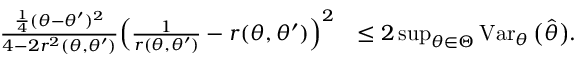
\begin{array} { r l } { \frac { \frac 1 4 ( \theta - \theta ^ { \prime } ) ^ { 2 } } { 4 - 2 r ^ { 2 } ( \theta , \theta ^ { \prime } ) } \Big ( \frac { 1 } { r ( \theta , \theta ^ { \prime } ) } - r ( \theta , \theta ^ { \prime } ) \Big ) ^ { 2 } } & { \leq 2 \operatorname* { s u p } _ { \theta \in \Theta } \operatorname { V a r } _ { \theta } \big ( \widehat \theta \big ) . } \end{array}